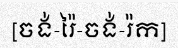
[ចង់-រ៉ៃ-ចង់-រ៉ក]